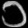
Digit: ၁